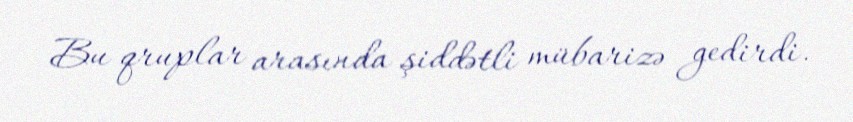
Bu qruplar arasında şiddətli mübarizə gedirdi.